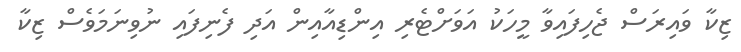
ޒިކާ ވައިރަސް ޖެހިފައިވާ މީހަކު އަވަށްޓެރި އިންޑިއާއިން އަދި ފެނިފައި ނުވިނަމަވެސް ޒިކާ